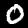
Label: 0